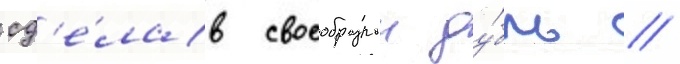
сд'е́лав своеобразныи ду́бль //